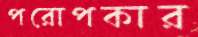
পরোপকার